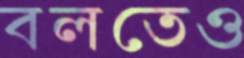
বলতেও